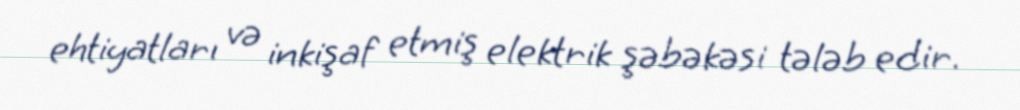
ehtiyatları və inkişaf etmiş elektrik şəbəkəsi tələb edir.